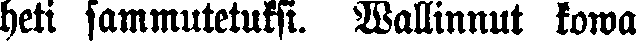
heti sammutetuksi. Wallinnut kowa